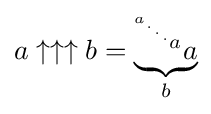
a\uparrow \uparrow \uparrow b=\underbrace {^{^{^{^{^{a}.}.}.}a}a} _{b}